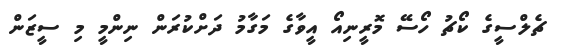
ޗެލްސީގެ ކޯޗު ހޯސޭ މޮރީނިއޯ އީވާގެ މަގާމު ދަށްކުރަން ނިންމީ މި ސީޒަން